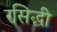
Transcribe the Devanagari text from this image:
रसिद्धी